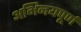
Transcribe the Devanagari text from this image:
अभिनयपूर्ण